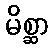
မိစ္ဆာ